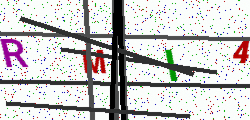
Text: RMI4